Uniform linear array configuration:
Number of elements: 48
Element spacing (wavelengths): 0.5
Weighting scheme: cosine
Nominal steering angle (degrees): -45
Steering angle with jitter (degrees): -45.103
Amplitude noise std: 0.05
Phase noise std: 0.05

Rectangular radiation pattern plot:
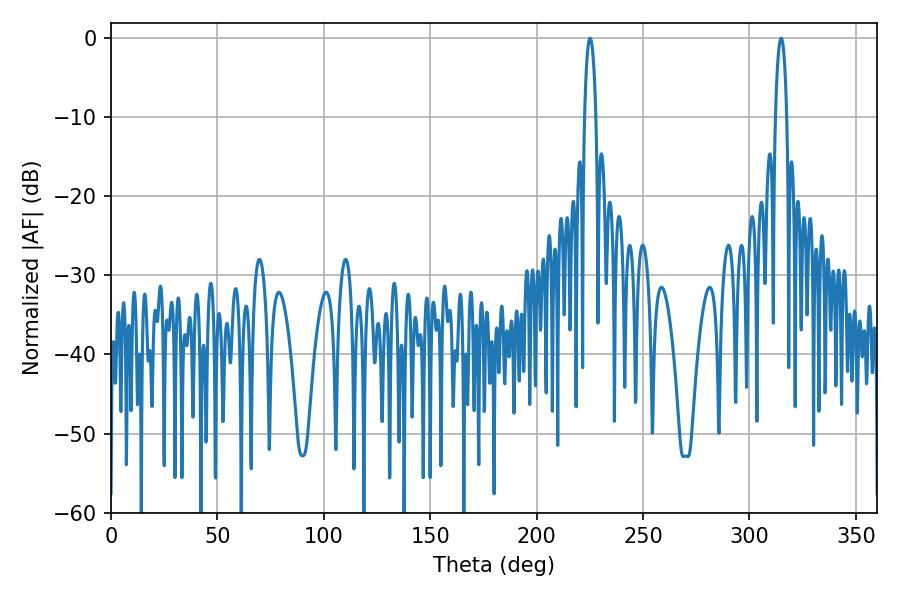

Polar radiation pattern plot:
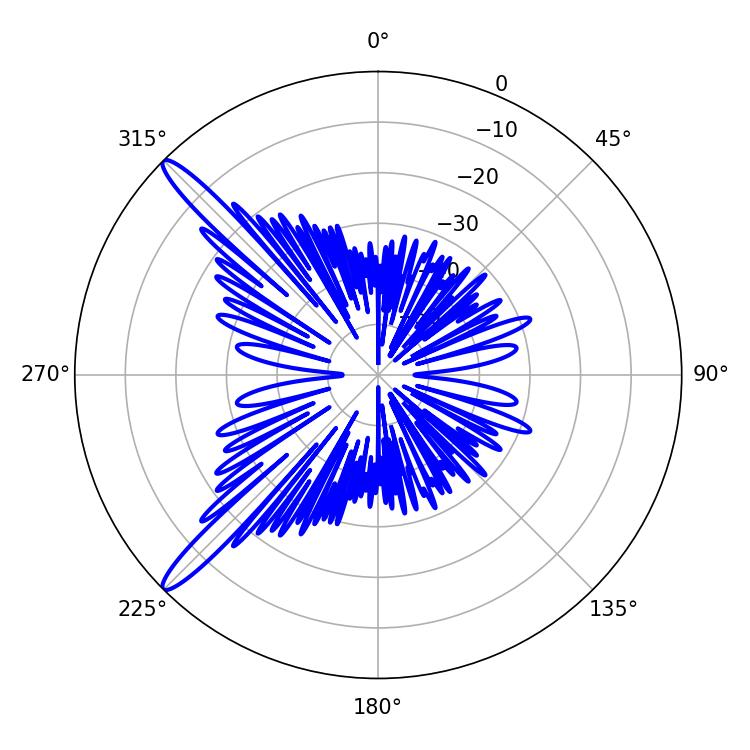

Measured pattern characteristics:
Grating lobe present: FALSE
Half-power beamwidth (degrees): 3.06
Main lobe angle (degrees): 314.82